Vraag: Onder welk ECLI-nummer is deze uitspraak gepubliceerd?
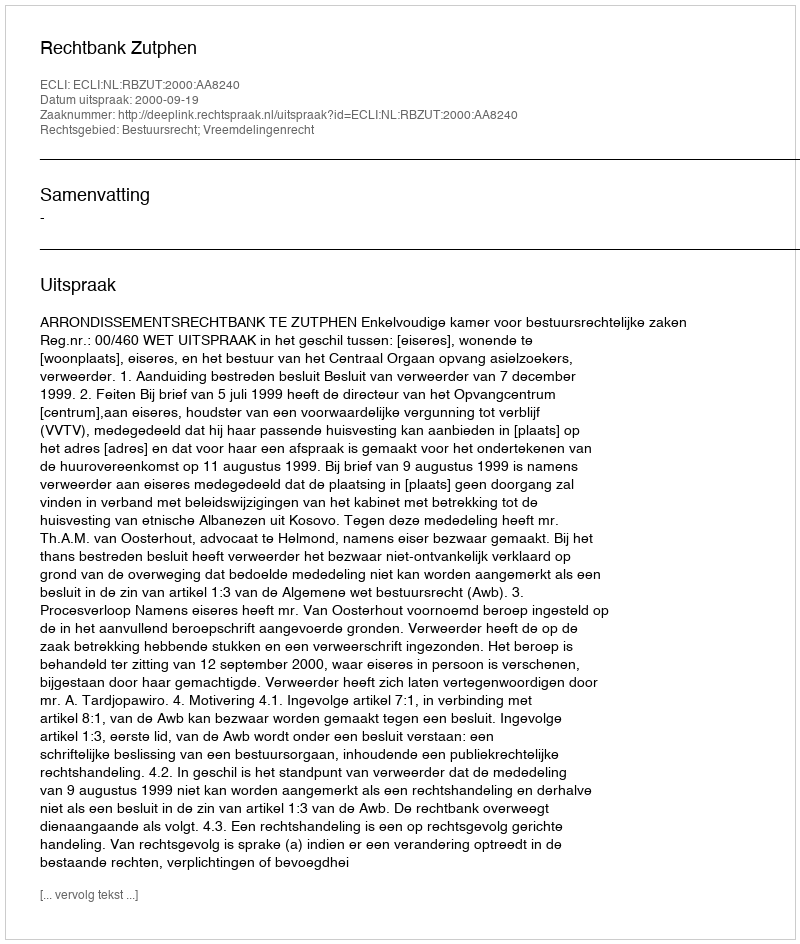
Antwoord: ECLI:NL:RBZUT:2000:AA8240